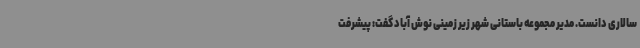
سالاری دانست. مدیر مجموعه باستانی شهر زیر زمینی نوش آباد گفت: پیشرفت